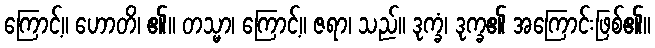
ကြောင့်။ ဟောတိ၊ ၏။ တသ္မာ၊ ကြောင့်။ ဇရာ၊ သည်။ ဒုက္ခံ၊ ဒုက္ခ၏ အကြောင်းဖြစ်၏။